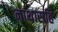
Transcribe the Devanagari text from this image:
नाथासहि